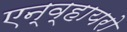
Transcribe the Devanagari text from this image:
एन्व्हायरो